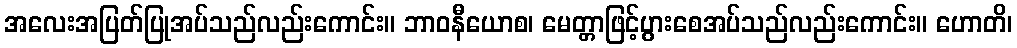
အလေးအပြတ်ပြုအပ်သည်လည်းကောင်း။ ဘာဝနီယောစ၊ မေတ္တာဖြင့်ပွားစေအပ်သည်လည်းကောင်း။ ဟောတိ၊